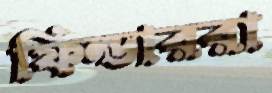
ফিল্ডাররা